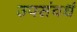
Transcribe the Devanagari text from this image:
उपसंवर्ध